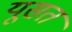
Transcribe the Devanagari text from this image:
यूसत